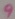
Text: 9